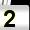
Digit: 2